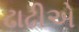
ઢાઢીએ